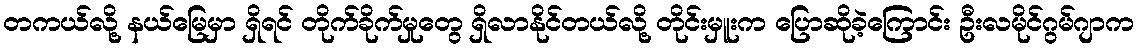
တကယ်လို့ နယ်မြေမှာ ရှိရင် တိုက်ခိုက်မှုတွေ ရှိလာနိုင်တယ်လို့ တိုင်းမှူးက ပြောဆိုခဲ့ကြောင်း ဦးလမိုင်ဂွမ်ဂျာက